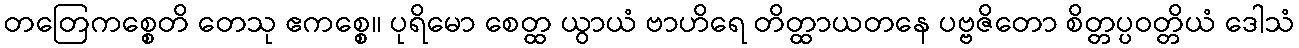
တတြေကစ္စေတိ တေသု ဧကစ္စေ။ ပုရိမော စေတ္ထ ယွာယံ ဗာဟိရေ တိတ္ထာယတနေ ပဗ္ဗဇိတော စိတ္တပ္ပဝတ္တိယံ ဒေါသံ